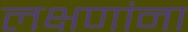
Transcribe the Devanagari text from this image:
लक्षणांना